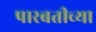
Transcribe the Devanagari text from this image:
पारबतीच्या